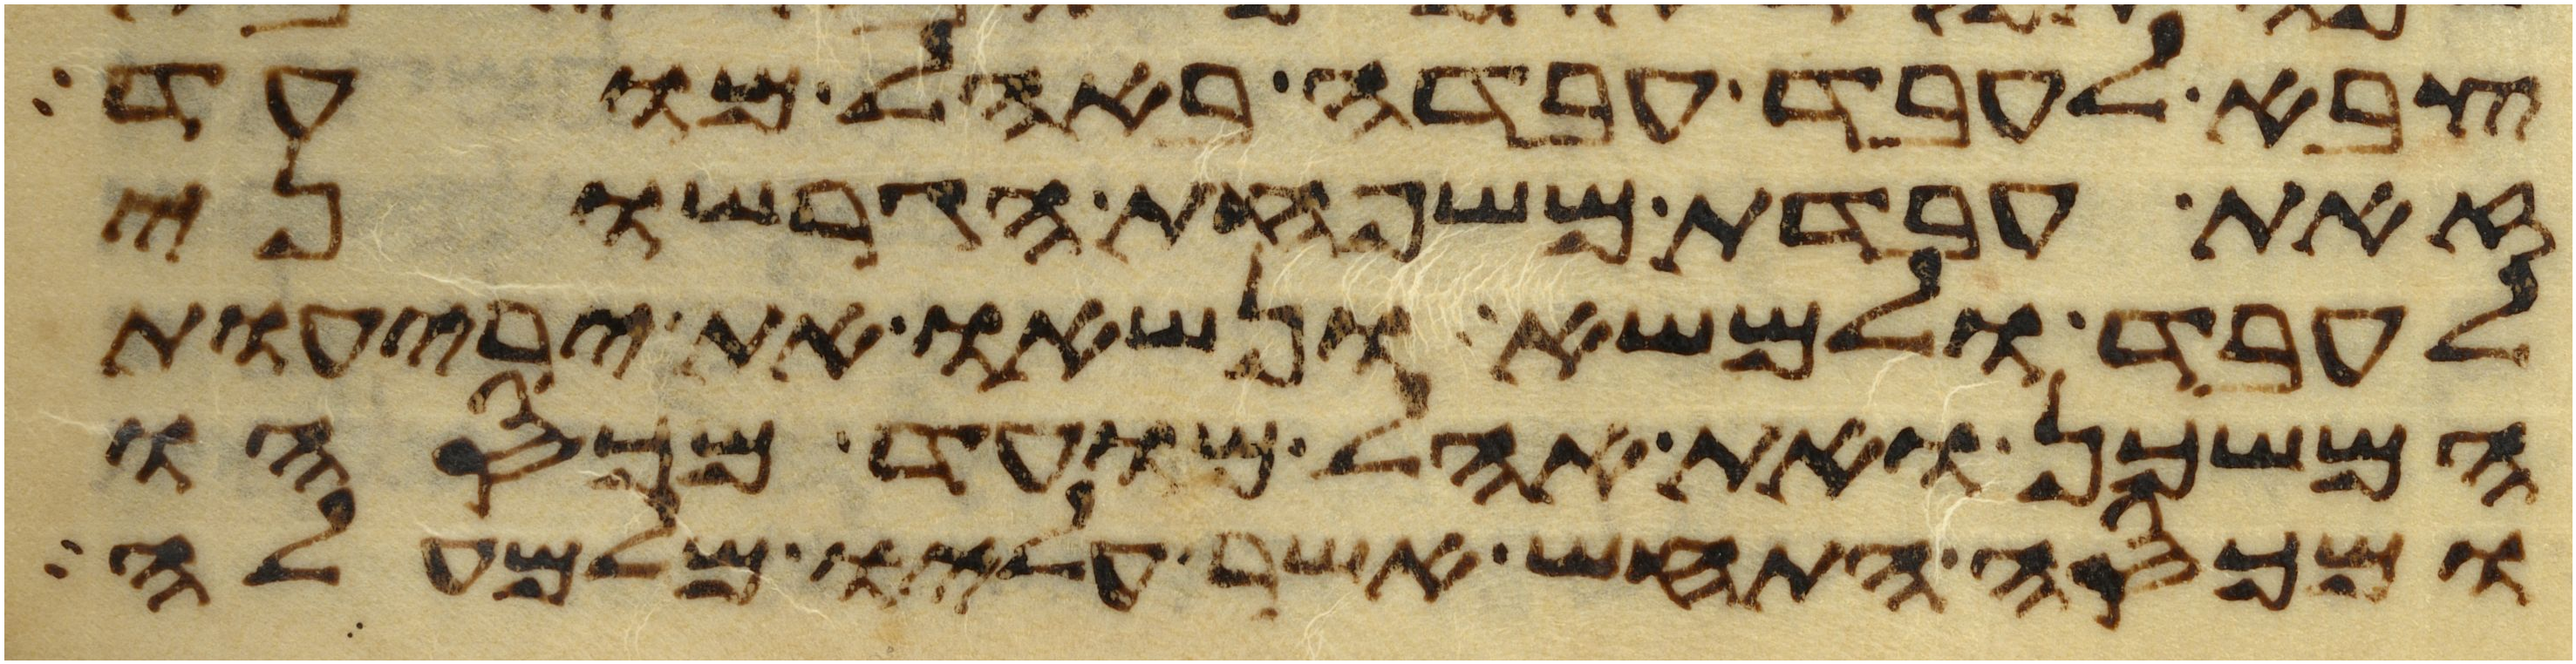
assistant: צבא לעבד עבדה באהל מועד
זאת עבדת משפחת הגרשוני
לעבד ולמשא ונשאו את יריעות
המשכן ואת אהל מועד מכסהו
ומכסה התחש אשר עליו מלמעלה